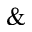
\&